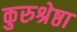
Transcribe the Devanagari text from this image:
कुरुश्रेष्ठा